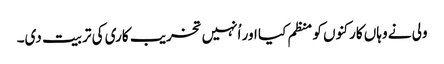
ولی نے وہاں کارکنوں کو منظم کیا اور اُنہیں تخریب کاری کی تربیت دی۔